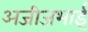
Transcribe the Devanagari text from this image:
अजीजभाई